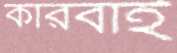
কারবাই